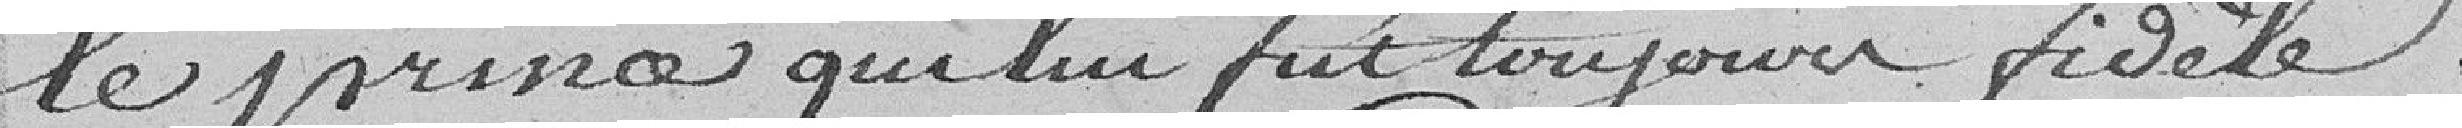
le prina qui lui fut toujours fidèle.